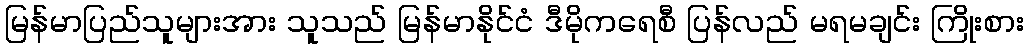
မြန်မာပြည်သူများအား သူသည် မြန်မာနိုင်ငံ ဒီမိုကရေစီ ပြန်လည် မရမချင်း ကြိုးစား